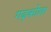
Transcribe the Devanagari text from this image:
गढ़कोला